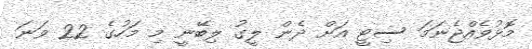
މޮޅުވެއްޖެނަމަ ސިޓީ އަށް ދެން ލީގު ލިބޭނީ މި މަހުގެ 22 ވަނަ